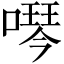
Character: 噖